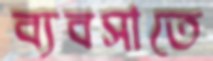
ব্যবসাতে